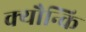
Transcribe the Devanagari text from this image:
क्यौन्कि